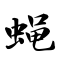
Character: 蝇